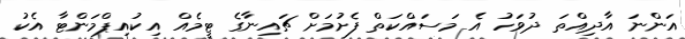
އަންނަ އާދިއްތަ ދުވަހު އެ މަސައްކަތް ފެށުމަށް ޗައިނާގެ ޓީމެއް އިކުއިޕްމަންޓާ އެކު